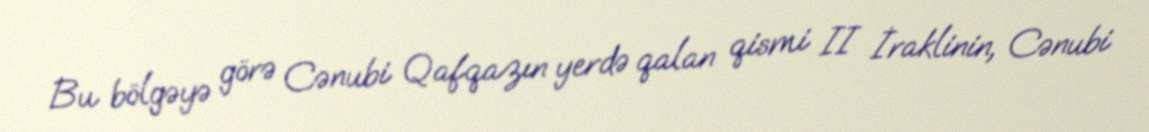
Bu bölgəyə görə Cənubi Qafqazın yerdə qalan qismi II İraklinin, Cənubi